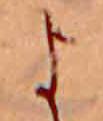
よ